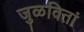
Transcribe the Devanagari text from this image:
जुळवितां